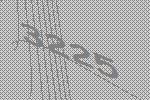
3225